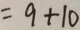
= 9 + 1 0